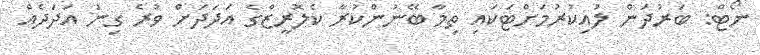
ނޯޓް: ބަރުދަން ލުއިކުރުމަށްޓަކައި ތިމާ ބޭނުންކުރާ ކެލޮރީޒްގެ އަދަދަށް ވުރެ ގިނަ އަދަދެއް